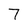
Character: 7